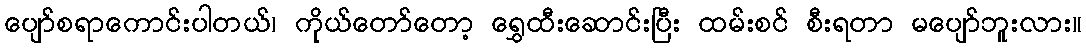
ပျော်စရာကောင်းပါတယ်၊ ကိုယ်တော်တော့ ရွှေထီးဆောင်းပြီး ထမ်းစင် စီးရတာ မပျော်ဘူးလား။